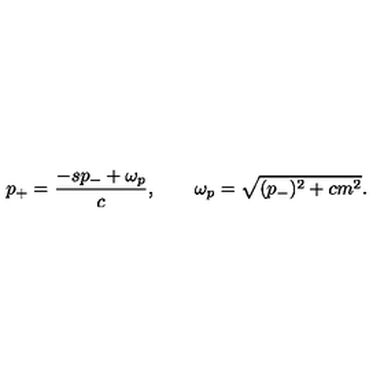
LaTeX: p _ { + } = { \frac { - s p _ { - } + \omega _ { p } } { c } } , \qquad \omega _ { p } = \sqrt { ( p _ { - } ) ^ { 2 } + c m ^ { 2 } } .